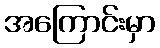
အကြောင်းမှာ